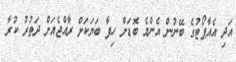
އަދި އެއާޕޯޓުގެ ބޭނުން އެންމެ ބޮޑަށް ހިފާ ބަޔަކަށް ރާއްޖެއަށް ދަތުރު ކުރާ